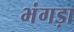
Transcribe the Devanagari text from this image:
भंगड़ा